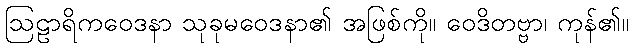
ဩဠာရိကဝေဒနာ သုခုမဝေဒနာ၏ အဖြစ်ကို။ ဝေဒိတဗ္ဗာ၊ ကုန်၏။